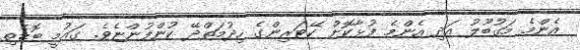
އެންމެ މަގުބޫލު އަދި އެންމެ ފުޅާކޮށް ކޭޓަރިންގެ ހިދުމަތްދޭ ކުންފުންޏެވެ. ގައުމީ ބޮޑެތި